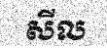
សីល